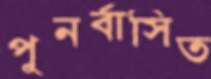
পুনর্বাসিত